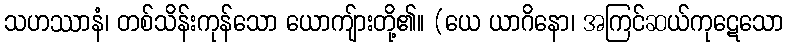
သဟဿာနံ၊ တစ်သိန်းကုန်သော ယောကျ်ားတို့၏။ (ယေ ယာဂိနော၊ အကြင်ဆယ်ကုဋေသော